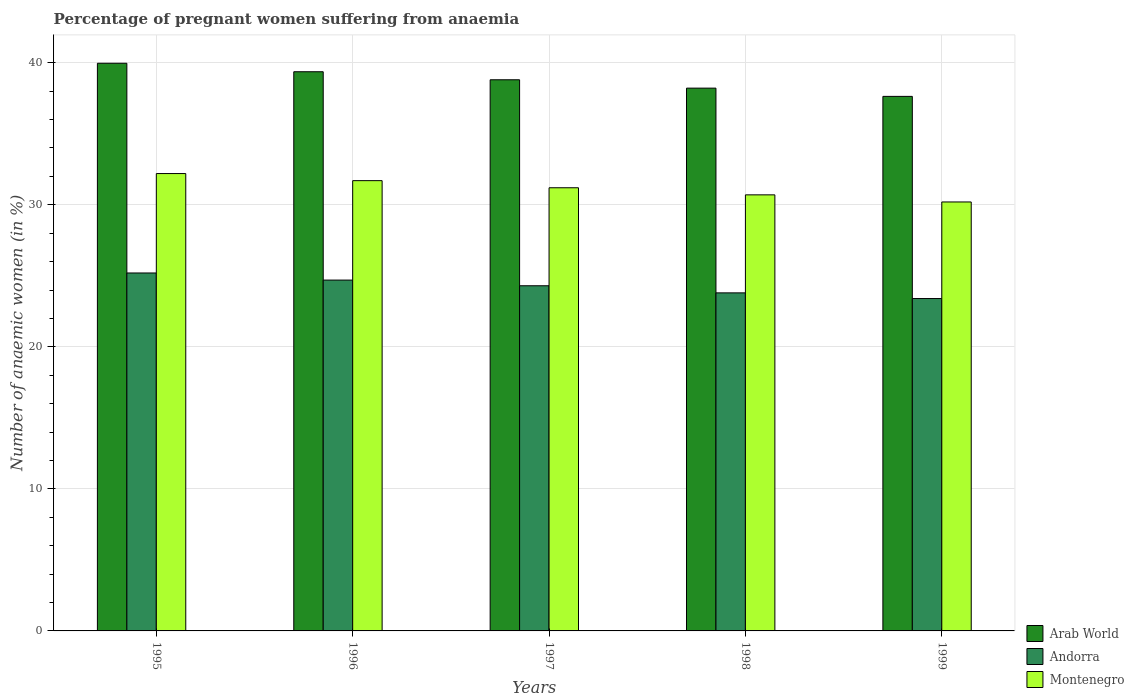
| Years | Arab World | Andorra | Montenegro |
 | --- | --- | --- | --- |
 | 1995 | 40 | 25.2 | 32.2 |
 | 1996 | 39.4 | 24.7 | 31.7 |
 | 1997 | 38.8 | 24.3 | 31.2 |
 | 1998 | 38.2 | 23.8 | 30.7 |
 | 1999 | 37.6 | 23.4 | 30.2 |